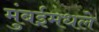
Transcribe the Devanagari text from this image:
मुंबईमधले